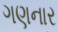
ગણનાર